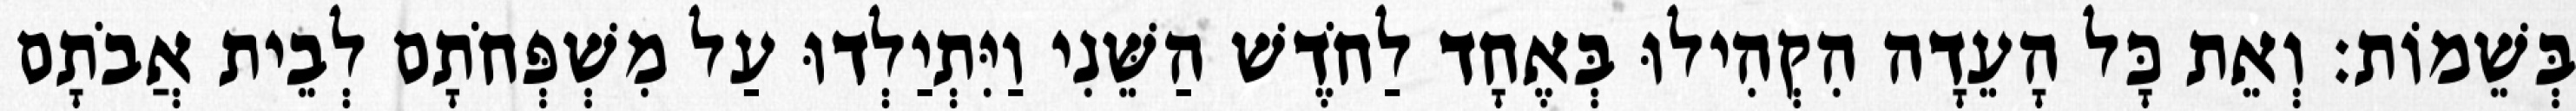
בְּשֵׁמוֹת׃ וְאֵת כָּל הָעֵדָה הִקְהִילוּ בְּאֶחָד לַחֹדֶשׁ הַשֵּׁנִי וַיִּתְיַלְדוּ עַל מִשְׁפְּחֹתָם לְבֵית אֲבֹתָם